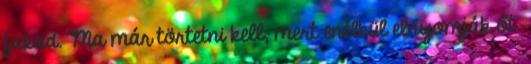
fakad. Ma már törtetni kell, mert enélkül elnyomják őt.